Lock hospitals Punjab
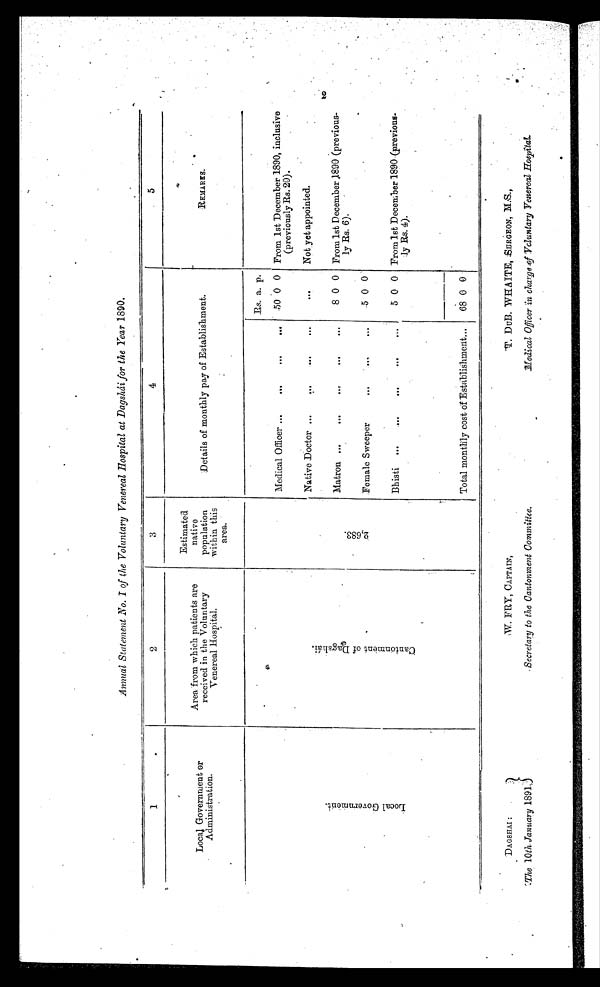
Annual Statement No. I of the Voluntary Venereal Hospital at Dagshái for the Year 1890.
1
2
3
4
Local Government or
Administration .
Area from which patients are
received in the Voluntary
Venereal Hospital.
Estimated
native
population
within this
area.
Details of monthly pay of Establishment.
REMARKS.
L o c a l G o v e r n m e n t .
C a n t o n m e n t o f D a g s h á i .
2 , 6 8 3 .
Rs. a. p.
From 1st December 1890, inclusive
(previously Rs. 20).
Medical Officer
50 0 0
Native Doctor
...
Not yet appointed.
Matron
8 0 0 From 1st December 1890 (previous..
ly Rs. 6).
Female Sweeper
5 0 0
Bhisti
5 0 0 From 1st December 1890 (previous-
ly Rs. 4).
Total monthly cost of Establishment
68 0 0
DAGSHAI: W. FRY, CAPTAIN, T. DUB. WHAI TE, SURGEON,M.S.,,
t o t h e C a n t o n m e n t C o m m i t t e e .
M e d i c a l O f f i c e r i n c h a r g e o f v o l u n t a r y V e n e r e a l H o s p i t a l .